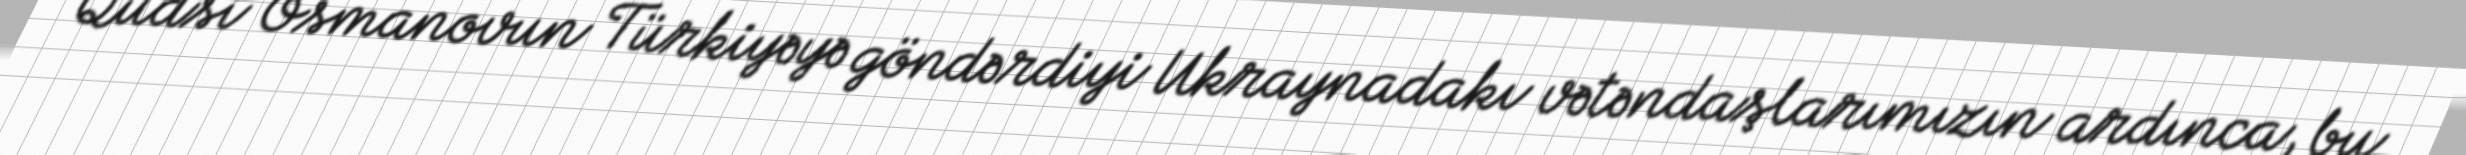
Qüdsi Osmanovun Türkiyəyə göndərdiyi Ukraynadakı vətəndaşlarımızın ardınca, bu